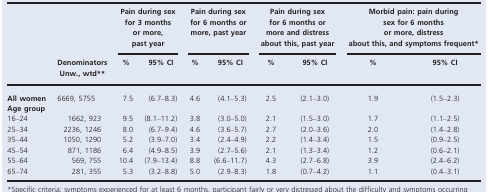
<table><thead><tr><td></td><td></td><td colspan="2"><b>Pain during sex for 3 months or more, past year</b></td><td colspan="2"><b>Pain during sex for 6 months or more, past year</b></td><td colspan="2"><b>Pain during sex for 6 months or more and distress about this, past year</b></td><td colspan="2"><b>Morbid pain: pain during sex for 6 months or more, distress about this, and symptoms frequenta</b></td></tr><tr><td></td><td><b>Denominators Unw., wtdb</b></td><td><b>%</b></td><td><b>95% CI</b></td><td><b>%</b></td><td><b>95% CI</b></td><td><b>%</b></td><td><b>95% CI</b></td><td><b>%</b></td><td><b>95% CI</b></td></tr></thead><tbody><tr><td><b>All women</b></td><td>6669, 5755</td><td>7.5</td><td>(6.7–8.3)</td><td>4.6</td><td>(4.1–5.3)</td><td>2.5</td><td>(2.1–3.0)</td><td>1.9</td><td>(1.5–2.3)</td></tr><tr><td colspan="10"><b>Age group</b></td></tr><tr><td>16–24</td><td>1662, 923</td><td>9.5</td><td>(8.1–11.2)</td><td>3.8</td><td>(3.0–5.0)</td><td>2.1</td><td>(1.5–3.0)</td><td>1.7</td><td>(1.1–2.5)</td></tr><tr><td>25–34</td><td>2236, 1246</td><td>8.0</td><td>(6.7–9.4)</td><td>4.6</td><td>(3.6–5.7)</td><td>2.7</td><td>(2.0–3.6)</td><td>2.0</td><td>(1.4–2.8)</td></tr><tr><td>35–44</td><td>1050, 1290</td><td>5.2</td><td>(3.9–7.0)</td><td>3.4</td><td>(2.4–4.9)</td><td>2.2</td><td>(1.4–3.4)</td><td>1.5</td><td>(0.9–2.5)</td></tr><tr><td>45–54</td><td>871, 1186</td><td>6.4</td><td>(4.9–8.5)</td><td>3.9</td><td>(2.7–5.6)</td><td>2.1</td><td>(1.3–3.4)</td><td>1.2</td><td>(0.6–2.1)</td></tr><tr><td>55–64</td><td>569, 755</td><td>10.4</td><td>(7.9–13.4)</td><td>8.8</td><td>(6.6–11.7)</td><td>4.3</td><td>(2.7–6.8)</td><td>3.9</td><td>(2.4–6.2)</td></tr><tr><td>65–74</td><td>281, 355</td><td>5.3</td><td>(3.2–8.8)</td><td>5.0</td><td>(2.9–8.3)</td><td>1.8</td><td>(0.7–4.2)</td><td>1.1</td><td>(0.4–3.1)</td></tr></tbody></table>